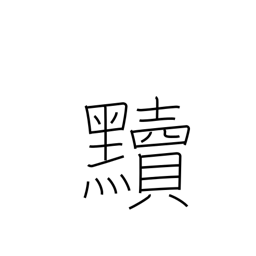
Meaning: make dirty